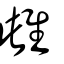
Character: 雌